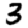
Digit: 3